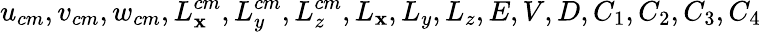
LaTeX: u_{cm},v_{cm},w_{cm},L_{\mathbf{x}}^{cm},L_{y}^{cm},L_{z}^{cm},L_{\mathbf{x}},L_{y},L_{z},E,V,D,C_{1},C_{2},C_{3},C_{4}